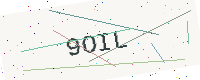
Text: 9OIL